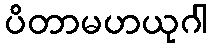
ပိတာမဟယုဂါ